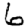
Digit: 6